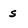
Character: s